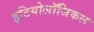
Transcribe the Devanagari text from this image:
इटियोलॉजिकल